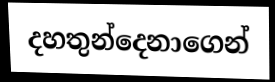
දහතුන්දෙනාගෙන්